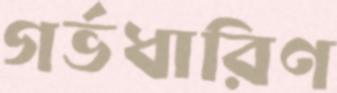
গর্ভধারিণ